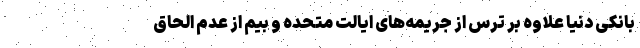
بانکی دنیا علاوه بر ترس از جریمه‌های ایالت متحده و بیم از عدم الحاق